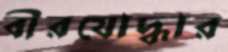
বীরযোদ্ধার